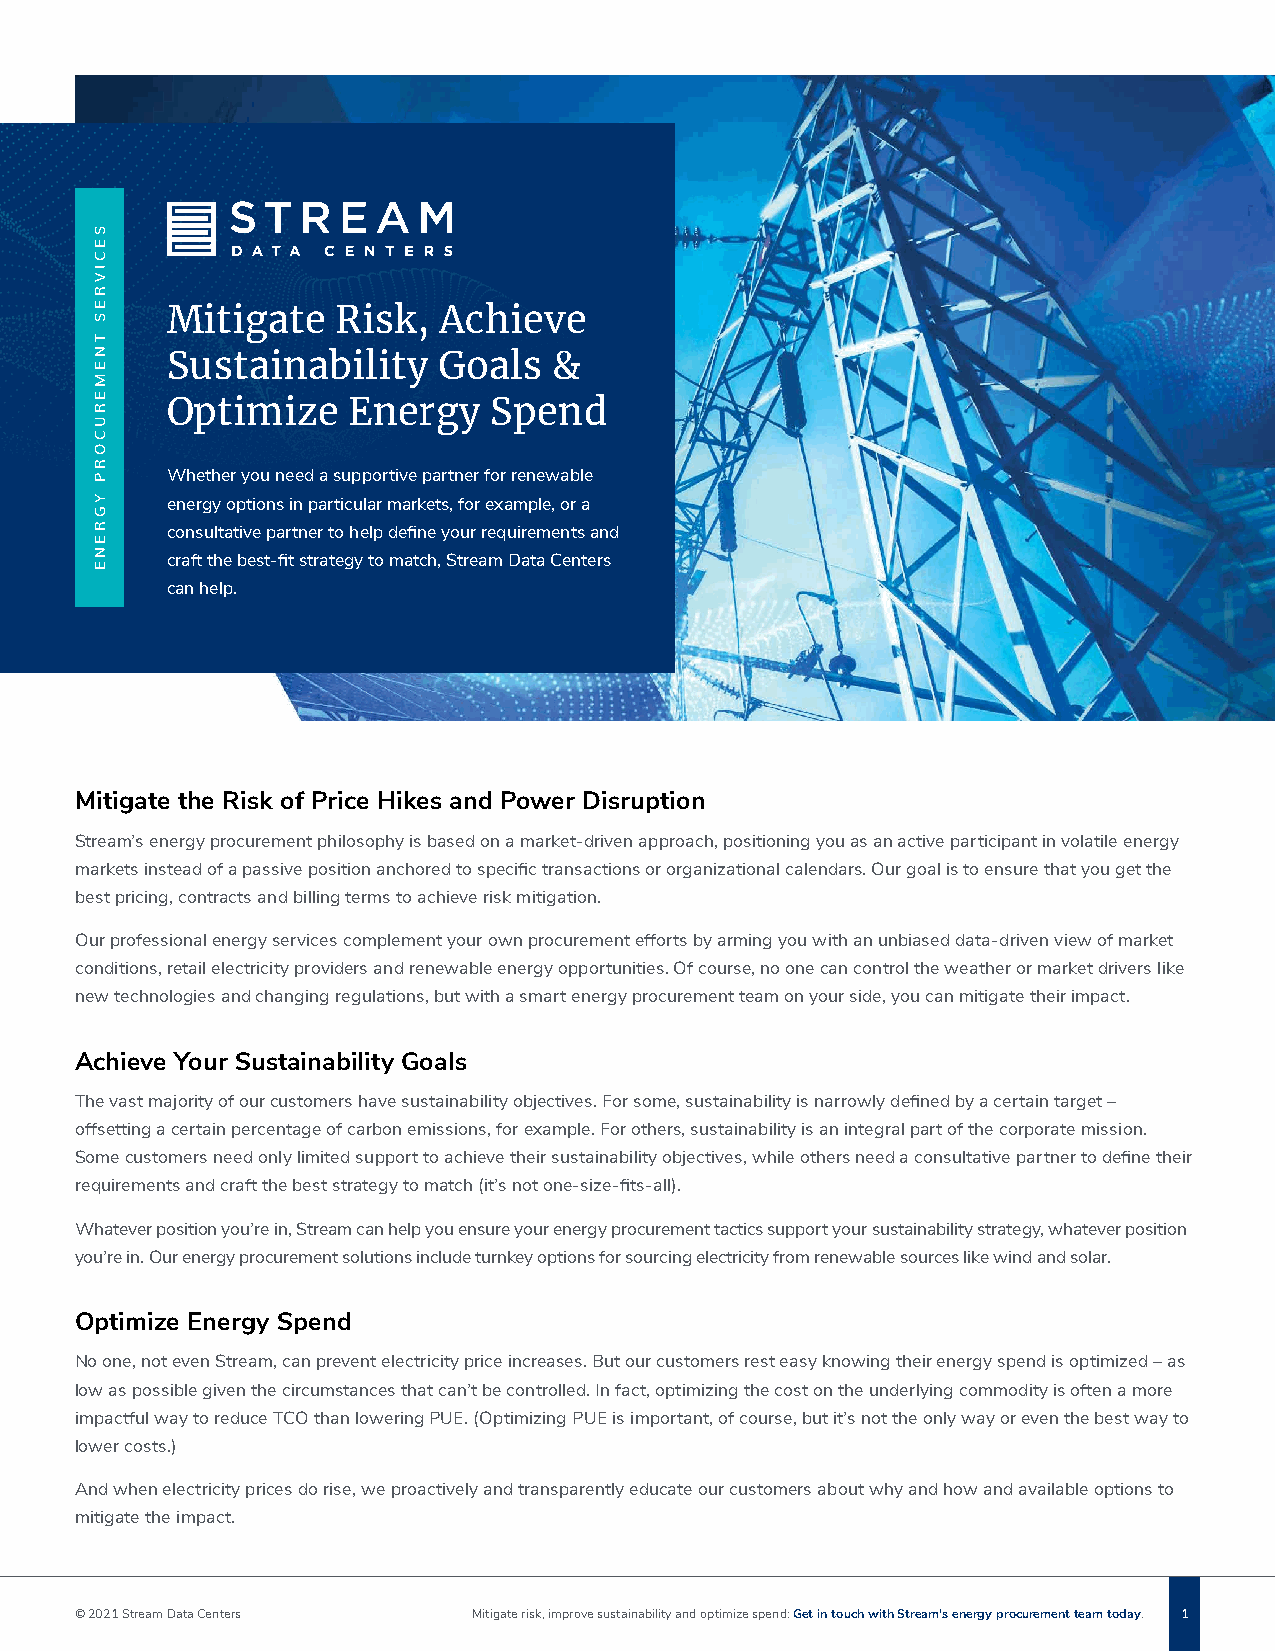
Mitigate   Risk,  Achieve
 Sustainability    Goals   &
 Optimize    Energy    Spend
 Whether you need a supportive partner for renewable
 energy options in particular markets, for example, or a
 consultative partner to help define your requirements and
 craft the best-fit strategy to match, Stream Data Centers
 can help.
 Mitigate the Risk of Price Hikes and Power Disruption
 Stream’s energy procurement philosophy is based on a market-driven approach, positioning you as an active participant in volatile energy
 markets instead of a passive position anchored to specific transactions or organizational calendars. Our goal is to ensure that you get the
 best pricing, contracts and billing terms to achieve risk mitigation.
 Our professional energy services complement your own procurement efforts by arming you with an unbiased data-driven view of market
 conditions, retail electricity providers and renewable energy opportunities. Of course, no one can control the weather or market drivers like
 new technologies and changing regulations, but with a smart energy procurement team on your side, you can mitigate their impact.
 Achieve Your Sustainability Goals
 The vast majority of our customers have sustainability objectives. For some, sustainability is narrowly defined by a certain target –
 offsetting a certain percentage of carbon emissions, for example. For others, sustainability is an integral part of the corporate mission.
 Some customers need only limited support to achieve their sustainability objectives, while others need a consultative partner to define their
 requirements and craft the best strategy to match (it’s not one-size-fits-all).
 Whatever position you’re in, Stream can help you ensure your energy procurement tactics support your sustainability strategy, whatever position
 you’re in. Our energy procurement solutions include turnkey options for sourcing electricity from renewable sources like wind and solar.
 Optimize Energy Spend
 No one, not even Stream, can prevent electricity price increases. But our customers rest easy knowing their energy spend is optimized – as
 low as possible given the circumstances that can’t be controlled. In fact, optimizing the cost on the underlying commodity is often a more
 impactful way to reduce TCO than lowering PUE. (Optimizing PUE is important, of course, but it’s not the only way or even the best way to
 lower costs.)
 And when electricity prices do rise, we proactively and transparently educate our customers about why and how and available options to
 mitigate the impact.
 © 2021 Stream Data Centers Mitigate risk, improve sustainability and optimize spend: Get in touch with Stream’s energy procurement team today. 1
 SECIVRES
 TNEMERUCORP
 YGRENE